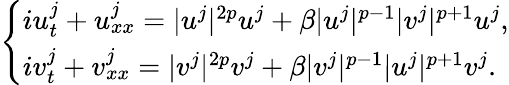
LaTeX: \begin{array}{r}{\left\lbrace\begin{array}{l}{iu_{t}^{j}+u_{xx}^{j}=|u^{j}|^{2p}u^{j}+\beta|u^{j}|^{p-1}|v^{j}|^{p+1}u^{j},}\\ {iv_{t}^{j}+v_{xx}^{j}=|v^{j}|^{2p}v^{j}+\beta|v^{j}|^{p-1}|u^{j}|^{p+1}v^{j}.}\end{array}\right.}\end{array}